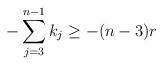
LaTeX: \begin{align*}- \sum\limits_{j =3}^{n-1} k_j \geq -(n-3)r\end{align*}